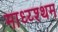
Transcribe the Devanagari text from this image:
माध्य्श्थम